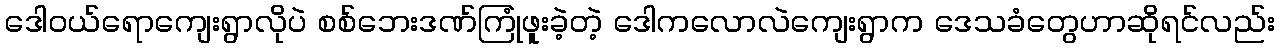
ဒေါဝယ်ရောကျေးရွာလိုပဲ စစ်ဘေးဒဏ်ကြုံဖူးခဲ့တဲ့ ဒေါကလောလဲကျေးရွာက ဒေသခံတွေဟာဆိုရင်လည်း